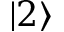
| 2 \rangle